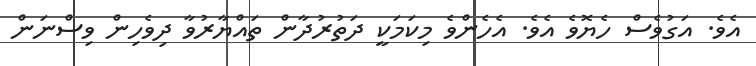
އެވެ. އަގުވެސް ހެޔޮވެ އެވެ. އެހެންވެ މިކަމަކީ ދަތުރުދާން ތައްޔާރުވާ ދިވެހިން ވިސްނަން